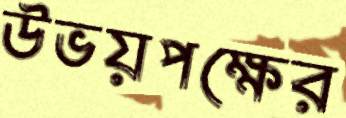
উভয়পক্ষের